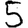
Digit: 5